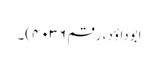
ابوداؤد ، رقم ۴۰۳۶)۔